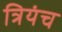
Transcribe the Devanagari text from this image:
त्रियंच